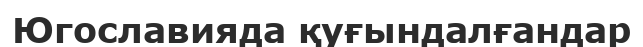
Югославияда қуғындалғандар